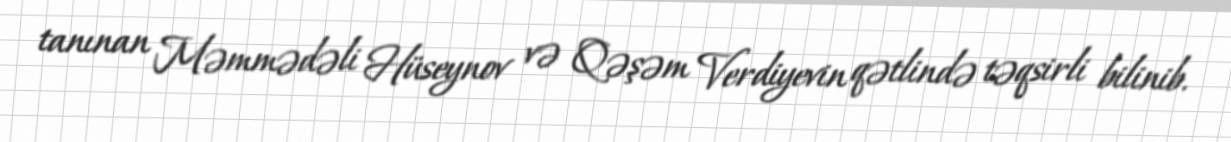
tanınan Məmmədəli Hüseynov və Qəşəm Verdiyevin qətlində təqsirli bilinib.